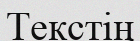
Текстің